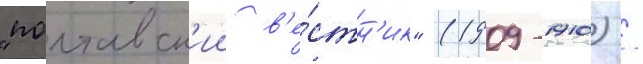
"полтавск'ии в'е́стн'ик" (1909-1910) /